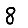
Digit: 8